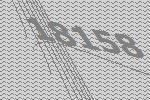
18158